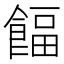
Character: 𩜰